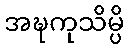
အဍ္ဎကုသိမ္ပိ